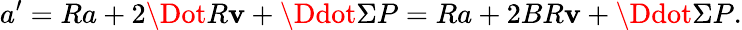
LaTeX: a^{\prime}=Ra+2\Dot{R}\mathbf{v}+\Ddot{\Sigma}P=Ra+2BR\mathbf{v}+\Ddot{\Sigma}P.